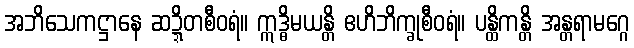
အဘိသေကဋ္ဌာနေ ဆဍ္ဍိတစီဝရံ။ ဣဒ္ဓိမယန္တိ ဧဟိဘိက္ခုစီဝရံ။ ပန္ထိကန္တိ အန္တရာမဂ္ဂေ